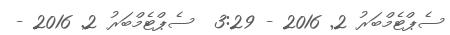
ސެޕްޓެމްބަރު 2